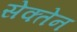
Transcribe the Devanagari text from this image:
सेक्तेन